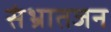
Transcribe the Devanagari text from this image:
संभ्रातजन